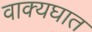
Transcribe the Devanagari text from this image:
वाक्यघात